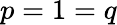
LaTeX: p=1=q